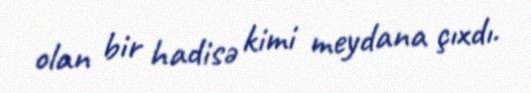
olan bir hadisə kimi meydana çıxdı.